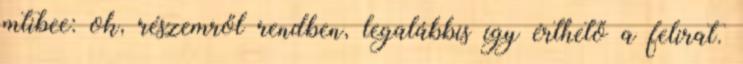
mtibee: ok, részemről rendben, legalábbis így érthető a felirat.